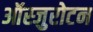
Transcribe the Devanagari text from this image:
ऑस्जुरोटन